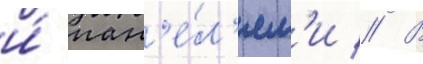
и́ пан'е́л'ям'и // В